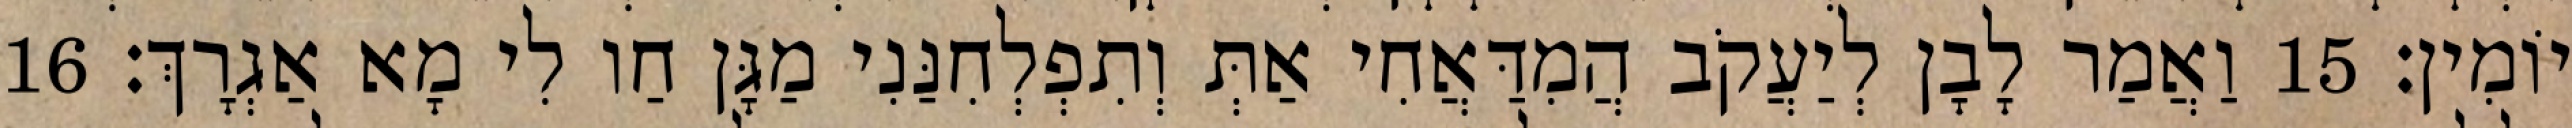
יוֹמִין׃ 15 וַאֲמַר לָבָן לְיַעֲקֹב הֲמִדַּאֲחִי אַתְּ וְתִפְלְחִנַּנִי מַגָּן חַו לִי מָא אַגְרָךְ׃ 16